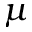
\mu